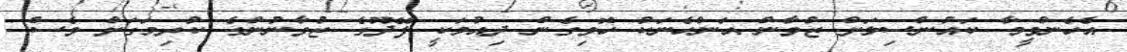
އެހެންވީމާ ކައުންސިލަށް ޒުވާން އަންހެނަކު ހޮވިގެން ދިއުމަކީ ފޭދޫގެ ޒުވާނުންގެ ކުރިމަގަށް ވެސް